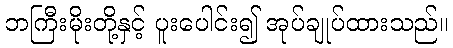
ဘကြီးမိုးတို့နှင့် ပူးပေါင်း၍ အုပ်ချုပ်ထားသည်။